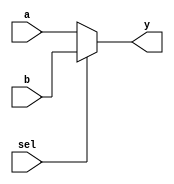
module mux2_5bit( sel, a, b, y );
	
    input sel;
    input  [4:0] a, b;
    output [4:0] y;

    assign y = sel ? b : a;
	
endmodule